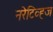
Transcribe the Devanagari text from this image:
नरेटिव्ह्ज